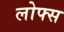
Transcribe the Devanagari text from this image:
लोफ्स